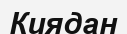
Киядан